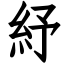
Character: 紓